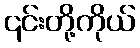
၎င်းတို့ကိုယ်